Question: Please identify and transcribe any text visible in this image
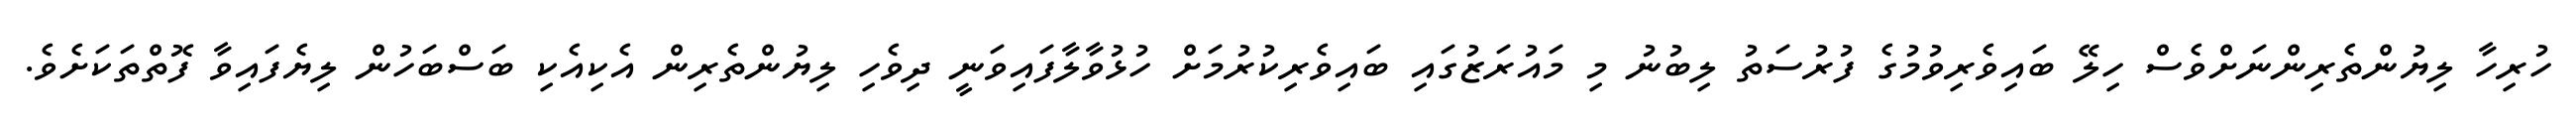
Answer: ހުރިހާ ލިޔުންތެރިންނަށްވެސް ހިލޭ ބައިވެރިވުމުގެ ފުރުސަތު ލިބުނު މި މައުރަޒުގައި ބައިވެރިކުރުމަށް ހުޅުވާލާފައިވަނީ ދިވެހި ލިޔުންތެރިން އެކިއެކި ބަސްބަހުން ލިޔެފައިވާ ފޮތްތަކަށެވެ.